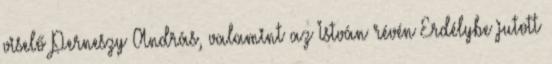
viselő Perneszy András, valamint az István révén Erdélybe jutott